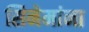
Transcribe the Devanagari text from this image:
सिनेमांना